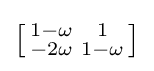
\left[{\begin{smallmatrix}1-\omega &1\\-2\omega &1-\omega \end{smallmatrix}}\right]